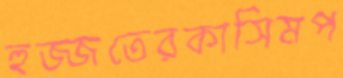
হুজ্জতেরকাসিমপ